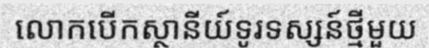
លោកបើកស្ថានីយ៍ទូរទស្សន៍ថ្មីមួយ